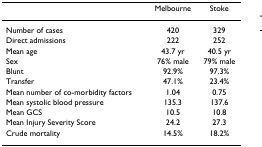
|  | Melbourne | Stoke |
 | --- | --- | --- |
 | Number of cases | 420 | 329 |
 | Direct admissions | 222 | 252 |
 | Mean age | 43.7 yr | 40.5 yr |
 | Sex | 76% male | 79% male |
 | Blunt | 92.9% | 97.3% |
 | Transfer | 47.1% | 23.4% |
 | Mean number of co-morbidity factors | 1.04 | 0.75 |
 | Mean systolic blood pressure | 135.3 | 137.6 |
 | Mean GCS | 10.5 | 10.8 |
 | Mean Injury Severity Score | 24.2 | 27.3 |
 | Crude mortality | 14.5% | 18.2% |